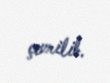
çevrilib.